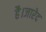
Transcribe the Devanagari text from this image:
है।जारेद